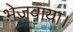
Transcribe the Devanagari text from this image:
भेजवाया।